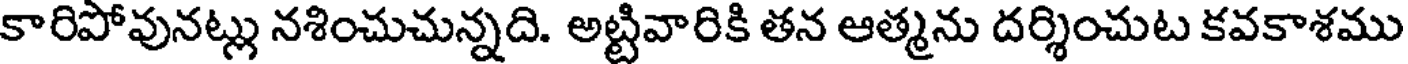
కారిపోవునట్లు నశించుచున్నది. అట్టివారికి తన ఆత్మను దర్శించుట కవకాశము